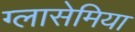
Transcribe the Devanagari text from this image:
ग्लासेमिया